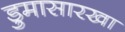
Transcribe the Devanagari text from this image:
डुमासारखा